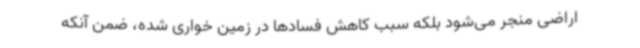
اراضی منجر می‌شود بلکه سبب کاهش فسادها در زمین خواری شده، ضمن آنکه